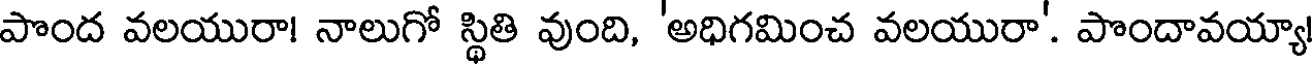
పొంద వలయురా! నాలుగో స్థితి వుంది, 'అధిగమించ వలయురా'. పొందావయ్యా